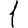
Digit: 1